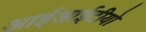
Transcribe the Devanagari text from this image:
आईआईटीयो